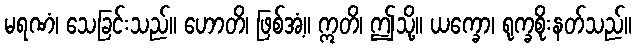
မရဏံ၊ သေခြင်းသည်။ ဟောတိ၊ ဖြစ်အံ့။ ဣတိ၊ ဤသို့။ ယက္ခော၊ ရုက္ခစိုးနတ်သည်။